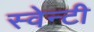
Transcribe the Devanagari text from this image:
स्वेन्‍टी